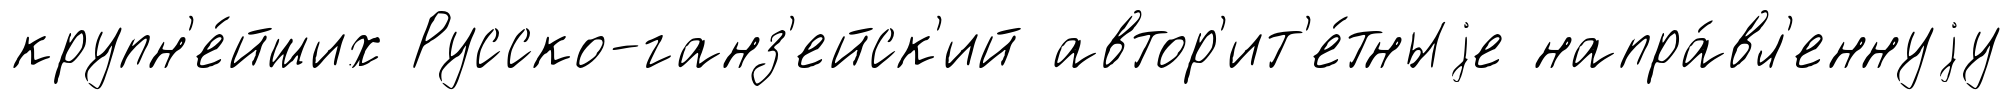
крупн'е́йших Русско-ганз'ейск'ий автор'ит'е́тныjе напра́вл'еннуjу